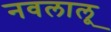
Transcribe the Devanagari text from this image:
नवलालू